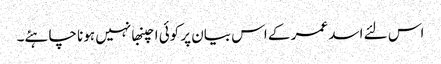
اس لئے اسد عمر کے اس بیان پر کوئی اچنبھا نہیں ہونا چاہئے۔